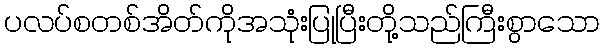
ပလပ်စတစ်အိတ်ကိုအသုံးပြုပြီးတို့သည်ကြီးစွာသော